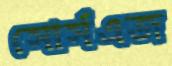
সোর্সএজ